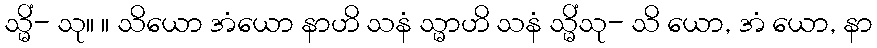
သ္မိံ- သု။ ။ သိယော အံယော နာဟိ သနံ သ္မာဟိ သနံ သ္မိံသု- သိ ယော, အံ ယော, နာ